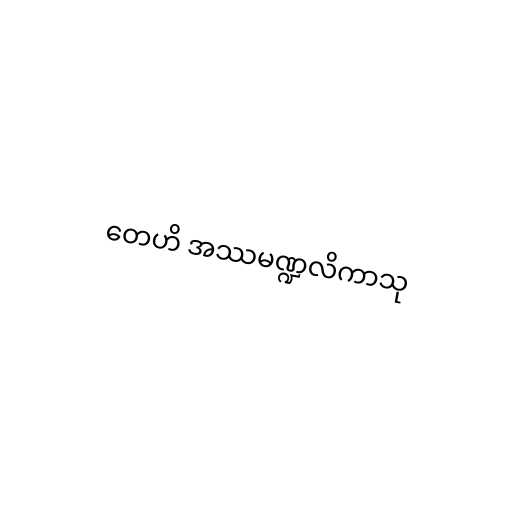
တေဟိ အဿမဏ္ဍလိကာသု